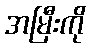
အမြီးကို